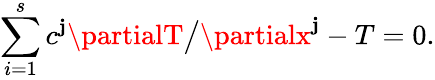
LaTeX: \sum_{i=1}^{s}c^{\mathbf{j}}\partialT\bigl/\partialx^{\mathbf{j}}-T=0.